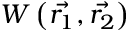
W \left( \Vec { { r } _ { 1 } } , \vec { { r } _ { 2 } } \right)